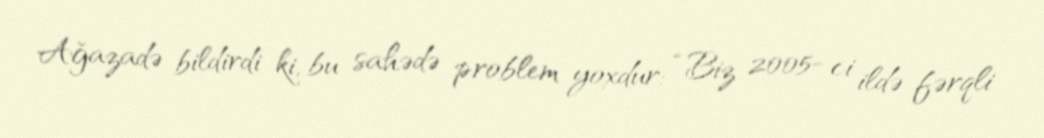
Ağazadə bildirdi ki, bu sahədə problem yoxdur: “Biz 2005- ci ildə fərqli